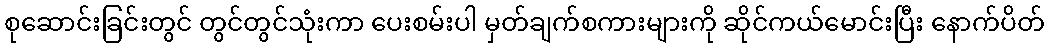
စုဆောင်းခြင်းတွင် တွင်တွင်သုံးကာ ပေးစမ်းပါ မှတ်ချက်စကားများကို ဆိုင်ကယ်မောင်းပြီး နောက်ပိတ်